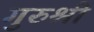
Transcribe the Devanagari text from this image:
गुरुश्री